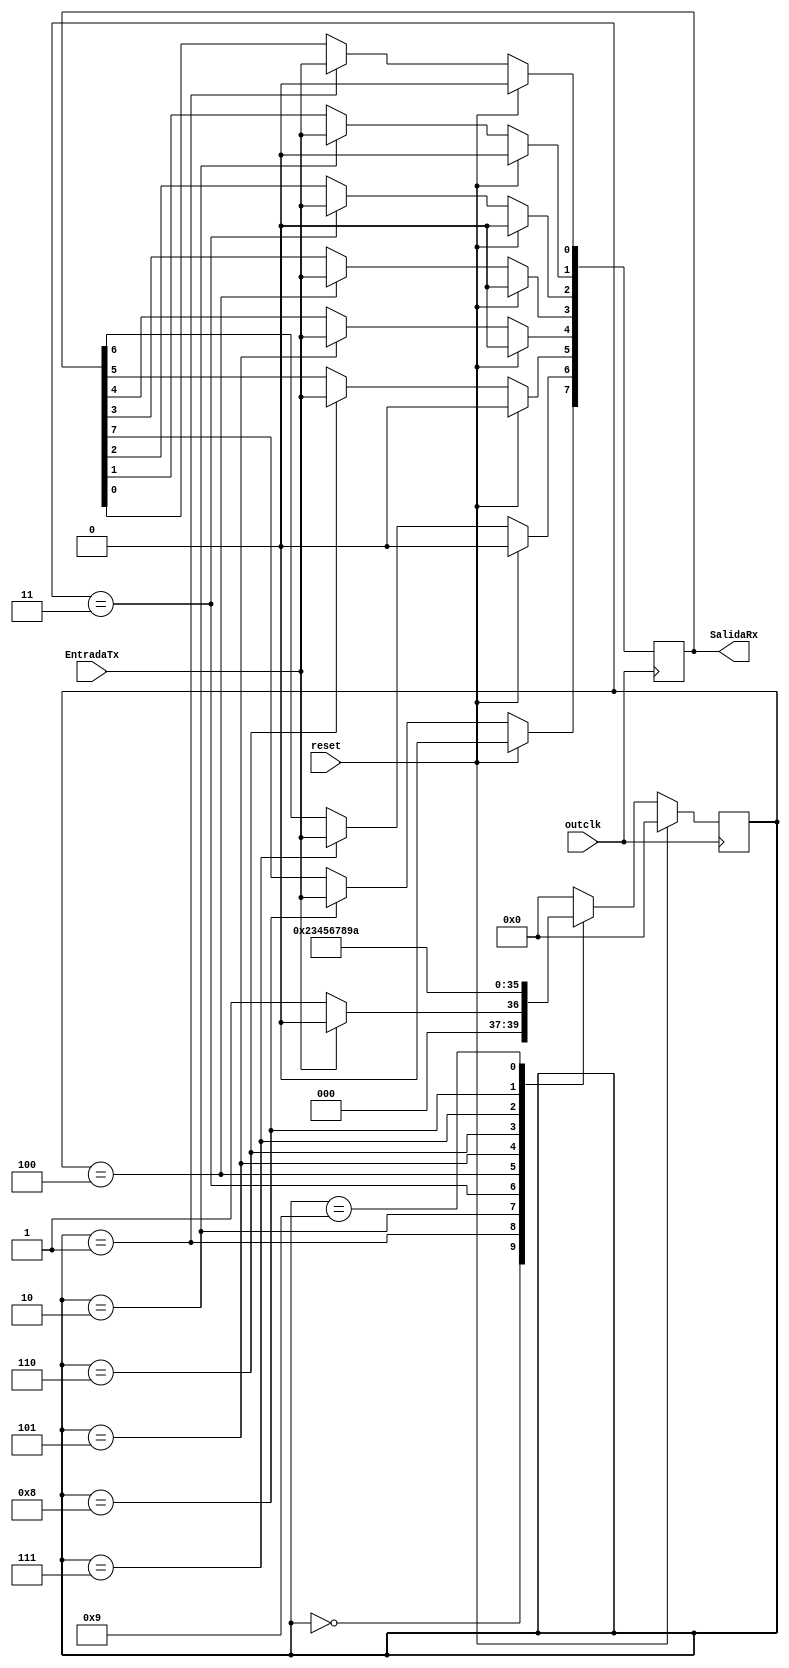
`timescale 1ns / 1ps
//////////////////////////////////////////////////////////////////////////////////
// Company: 
// Engineer: 
// 
// Design Name: 
// Module Name:    Recibir 
// Project Name: 
// Target Devices: 
// Tool versions: 
// Description: 
//
// Dependencies: 
//
// Revision: 
// Revision 0.01 - File Created
// Additional Comments: 
//
//////////////////////////////////////////////////////////////////////////////////
module Recibir(
    input EntradaTx, reset,
	 input outclk, //////////////////
    output reg [7:0] SalidaRx//,
	
	 //output reg received
    );
reg [3:0] estado;

always@(posedge outclk) //quien sabe si a reset :o
		begin
			if(reset)
				begin
					estado<=0;
					SalidaRx<=7'b0;
				end
		else
			begin
			case(estado)
				0:begin
						if(EntradaTx==0) //si el transmisor transmiti el start bit, hacemos algo
							begin
								estado <= 1; //Siguiente estado
							end
						else //si no, no
							begin
								estado<=0;   //regresamos al estado 0
							end
				  end
				1:begin
						SalidaRx[0]<=EntradaTx; //guardamos primer bit
						estado<=2; //nos vamos al estado 2
					end
				2:begin
						SalidaRx[1]<=EntradaTx;  
						estado<=3; //nos vamos al estado 3
					end
				3:begin
						SalidaRx[2]<=EntradaTx;  
						estado<=4; //nos vamos al estado 4
					end
				4:begin
						SalidaRx[3]<=EntradaTx;  
						estado<=5; //nos vamos al estado 5
					end
				5:begin
						SalidaRx[4]<=EntradaTx;  
						estado<=6; //nos vamos al estado 6
					end
				6:begin
						SalidaRx[5]<=EntradaTx;  
						estado<=7; //nos vamos al estado 7
					end
				7:begin
						SalidaRx[6]<=EntradaTx;  
						estado<=8; //nos vamos al estado 8
					end
				8:begin
						SalidaRx[7]<=EntradaTx;  
						estado<=9; //nos vamos al estado 9
					end
				9:begin
						estado <=10;
					end
				10:begin
						estado<=0; //Estado 0 vaquero
						//received<=1;
					end
				default: estado <=0; //mandalo al estado 0 vaquero por cualquier cosirijilla
					endcase
		end
		end	
endmodule